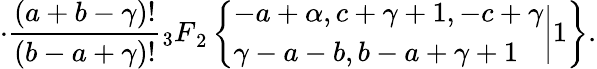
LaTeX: \cdot\frac{(a+b-\gamma)!}{(b-a+\gamma)!}{_3F}_{2}\left\{ \begin{array}{l}{{-a+\alpha,c+\gamma+1,-c+\gamma}}\\ {{\gamma-a-b,b-a+\gamma+1}}\end{array}\biggr|1\right\} .